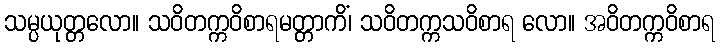
သမ္ပယုတ္တလော။ သဝိတက္ကဝိစာရမတ္တာကိံ၊ သဝိတက္ကသဝိစာရ လော။ အဝိတက္ကဝိစာရ